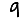
Digit: 9